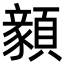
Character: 顡